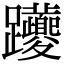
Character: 𨈉